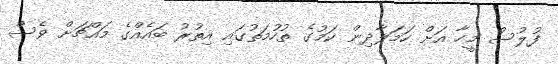
ފުލުސް މީހާ އަށް ހަމަލާދިން ކަމުގެ ތުހުމަތުގައި އިތުރު ބައެއްގެ މައްޗަށް ވެސް